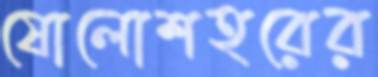
ষোলোশহরের